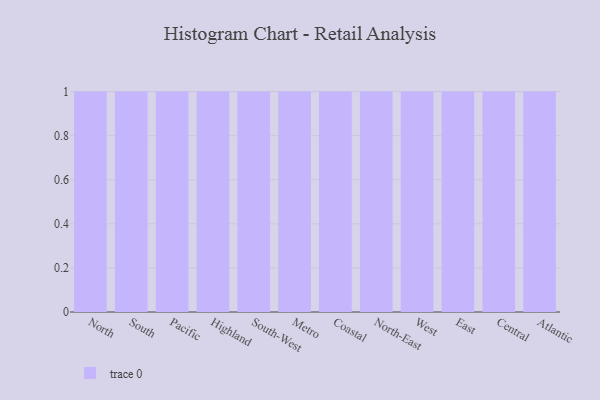
{"axis": {"x": "Region", "y": "Conversion Rate (%)"}, "legend": [""], "data": [{"x": "North", "y": 78, "type": ""}, {"x": "South", "y": 47, "type": ""}, {"x": "Pacific", "y": 54, "type": ""}, {"x": "Highland", "y": 77, "type": ""}, {"x": "South-West", "y": 2, "type": ""}, {"x": "Metro", "y": 92, "type": ""}, {"x": "Coastal", "y": 8, "type": ""}, {"x": "North-East", "y": 71, "type": ""}, {"x": "West", "y": 91, "type": ""}, {"x": "East", "y": 64, "type": ""}, {"x": "Central", "y": 37, "type": ""}, {"x": "Atlantic", "y": 25, "type": ""}]}